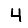
Digit: 4